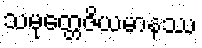
သမုတ္တေဇိယမာနဿ